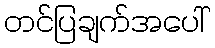
တင်ပြချက်အပေါ်